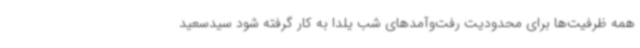
همه ظرفیت‌ها برای محدودیت رفت‌وآمدهای شب یلدا به کار گرفته شود سیدسعید